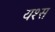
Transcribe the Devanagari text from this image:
यश्स